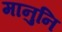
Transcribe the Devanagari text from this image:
मानुनि